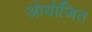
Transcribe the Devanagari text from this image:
ओयोजित